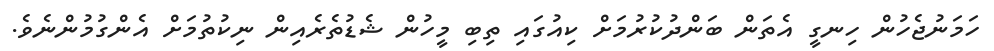
ހަމަނުޖެހުން ހިނގީ އެތަން ބަންދުކުރުމަށް ކިއުގައި ތިބި މީހުން ޝެޑުތެރެއިން ނިކުތުމަށް އެންގުމުންނެވެ.